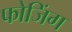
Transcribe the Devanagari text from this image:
फोजिंग